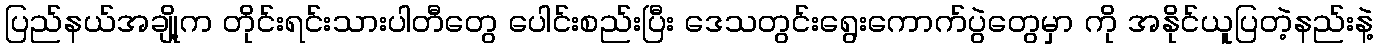
ပြည်နယ်အချို့က တိုင်းရင်းသားပါတီတွေ ပေါင်းစည်းပြီး ဒေသတွင်းရွေးကောက်ပွဲတွေမှာ ကို အနိုင်ယူပြတဲ့နည်းနဲ့